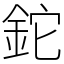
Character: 鉈